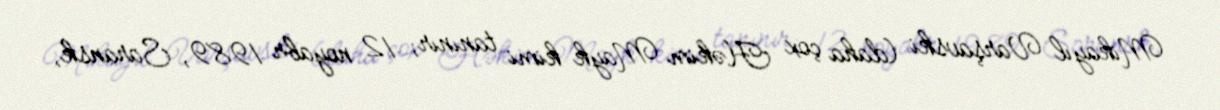
Mikayıl Varşavski (daha çox Həkim Mayk kimi tanınır; 12 noyabr 1989, Saransk,